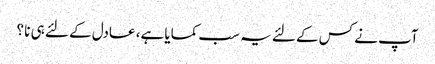
آپ نے کس کے لئے یہ سب کمایا ہے، عادل کے لئے ہی نا ؟